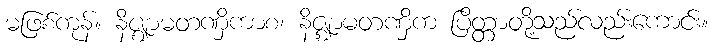
မဖြစ်ကုန်။ နိဇ္ဈာမတဏှိကာစ၊ နိဇ္ဈာမတဏှိက ပြိတ္တာတို့သည်လည်းကောင်း။